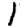
Digit: 1